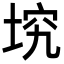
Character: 㙀